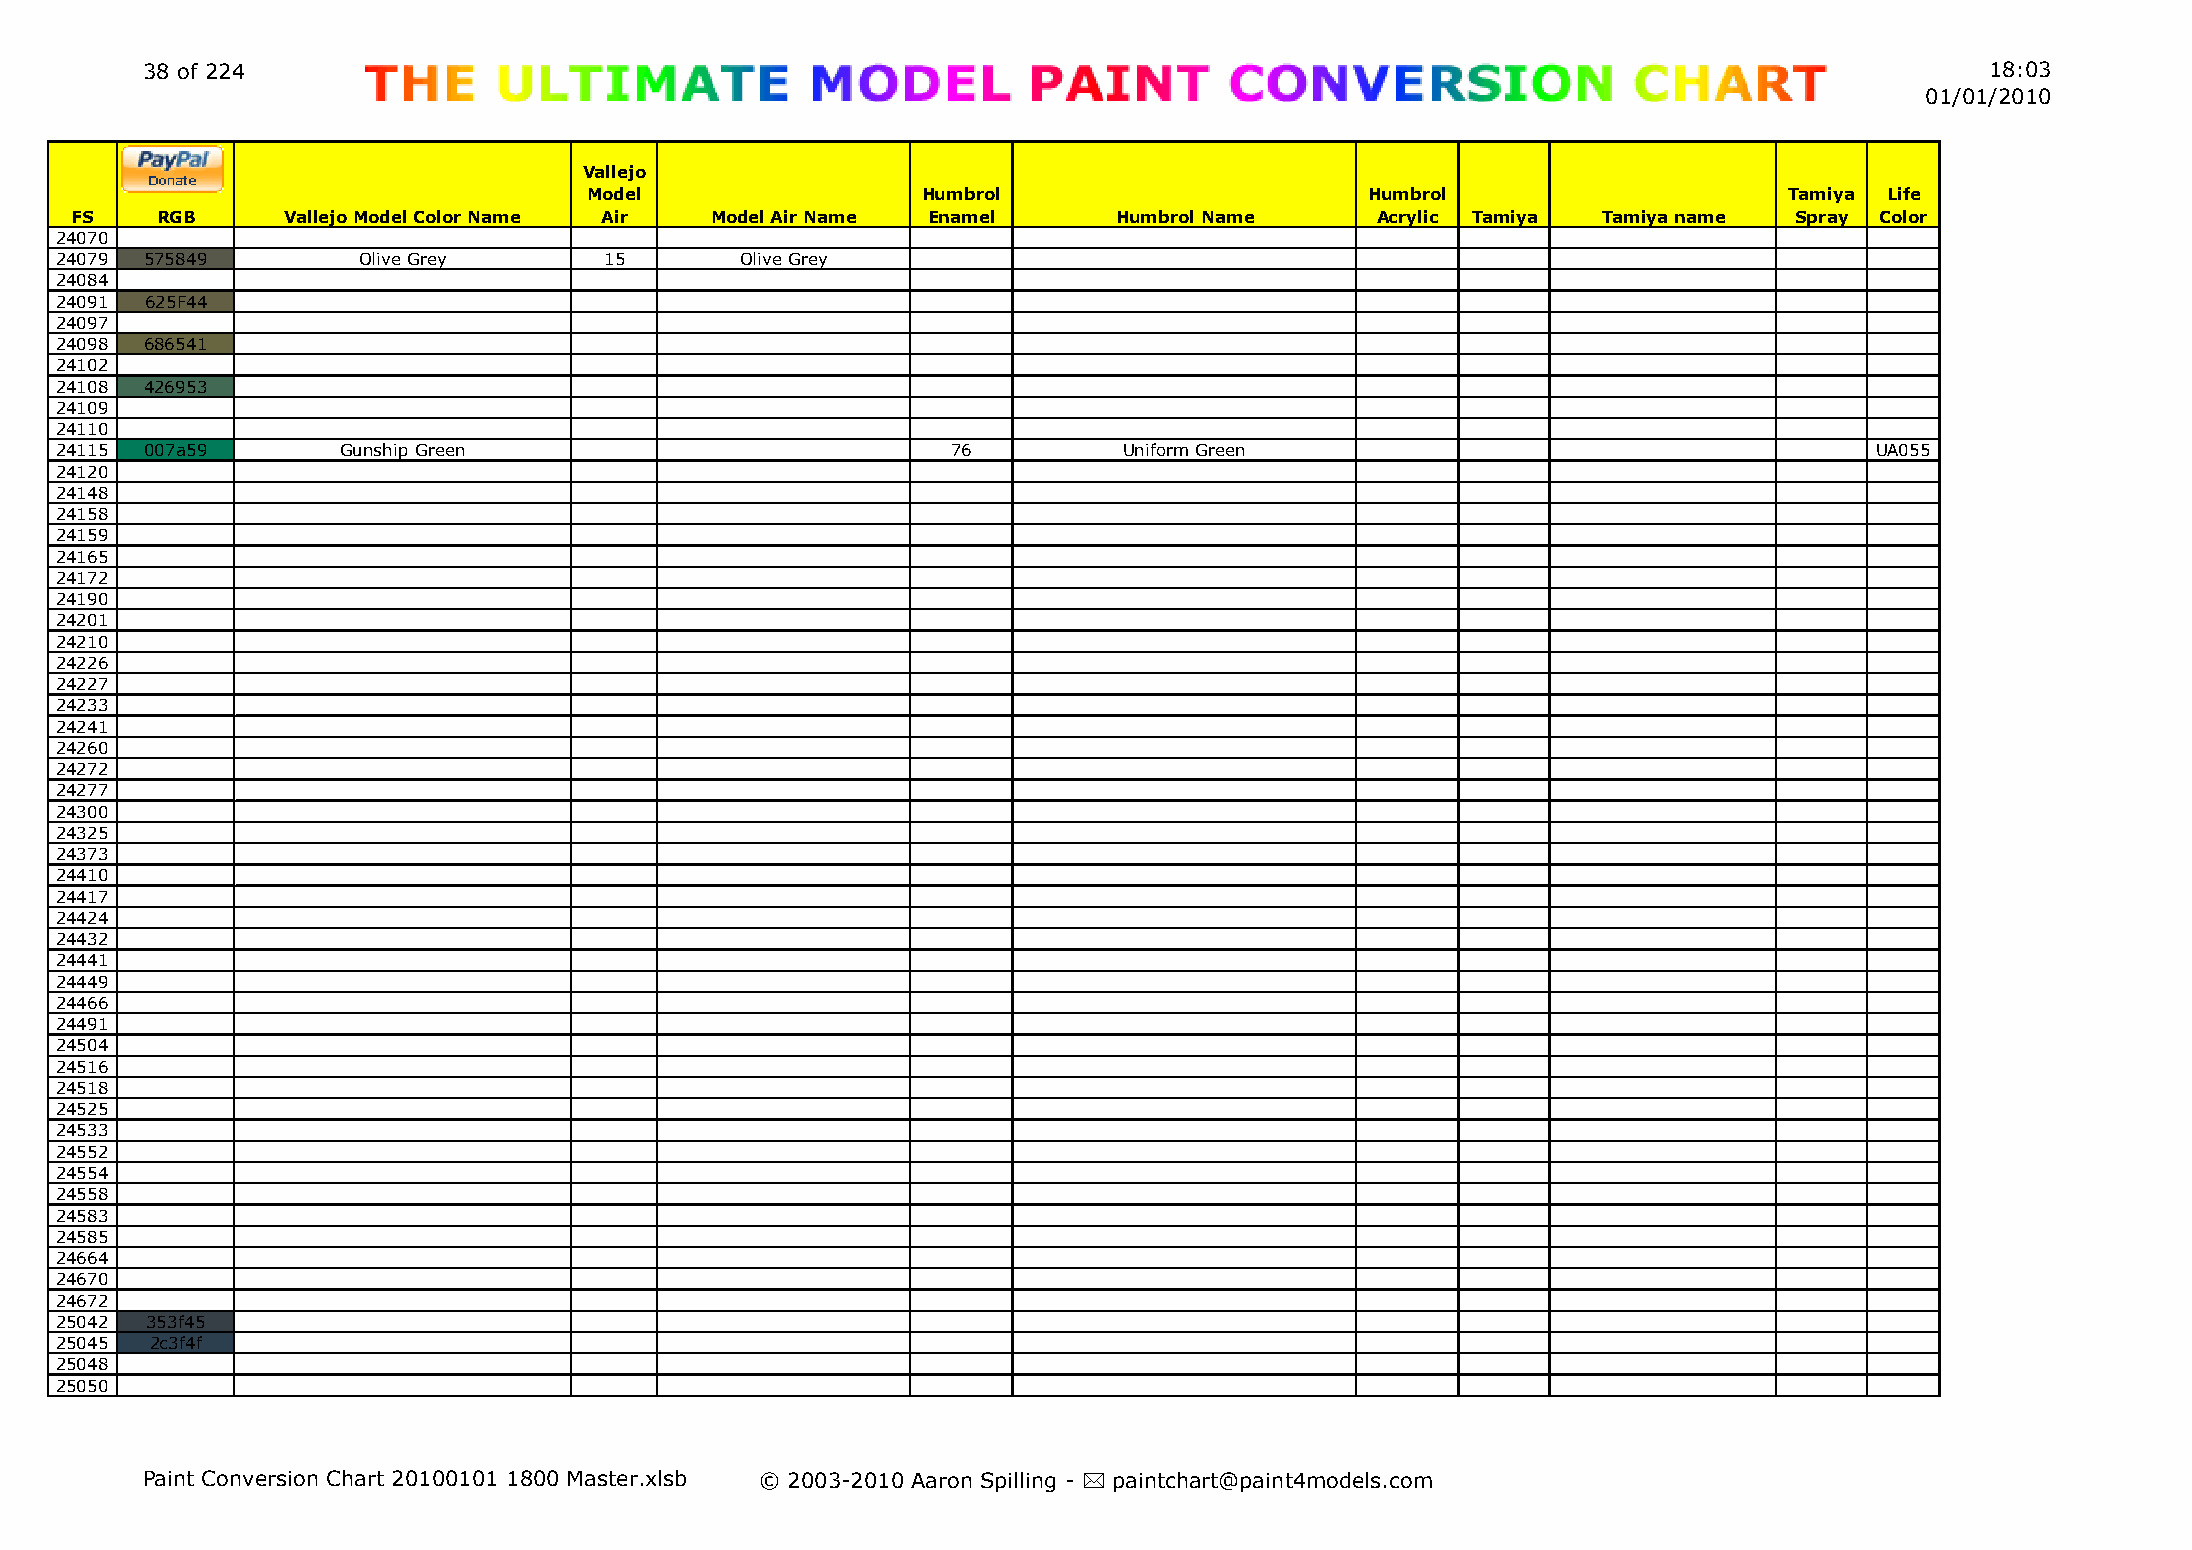
38 of 224                                                                                                                  18:03
 01/01/2010
 Vallejo
 Model                 Humbrol                       Humbrol                    Tamiya Life
 FS   RGB      Vallejo Model Color Name Air Model Air Name Enamel     Humbrol Name     Acrylic Tamiya Tamiya name  Spray Color
 24070
 24079 575849        Olive Grey      15       Olive Grey
 24084
 24091 625F44
 24097
 24098 686541
 24102
 24108 426953
 24109
 24110
 24115 007a59       Gunship Green                           76         Uniform Green                                     UA055
 24120
 24148
 24158
 24159
 24165
 24172
 24190
 24201
 24210
 24226
 24227
 24233
 24241
 24260
 24272
 24277
 24300
 24325
 24373
 24410
 24417
 24424
 24432
 24441
 24449
 24466
 24491
 24504
 24516
 24518
 24525
 24533
 24552
 24554
 24558
 24583
 24585
 24664
 24670
 24672
 25042 353f45
 25045 2c3f4f
 25048
 25050
 Paint Conversion Chart 20100101 1800 Master.xlsb © 2003-2010 Aaron Spilling - * paintchart@paint4models.com